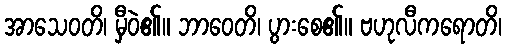
အာသေဝတိ၊ မှီဝဲ၏။ ဘာဝေတိ၊ ပွားစေ၏။ ဗဟုလီကရောတိ၊